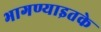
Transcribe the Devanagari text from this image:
भागण्याइतके